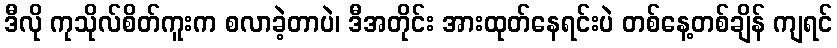
ဒီလို ကုသိုလ်စိတ်ကူးက စလာခဲ့တာပဲ၊ ဒီအတိုင်း အားထုတ်နေရင်းပဲ တစ်နေ့တစ်ချိန် ကျရင်